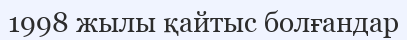
1998 жылы қайтыс болғандар